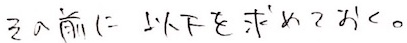
引入前は以下を求めておく。